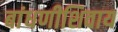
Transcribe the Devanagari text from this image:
बांधणीशिवाय